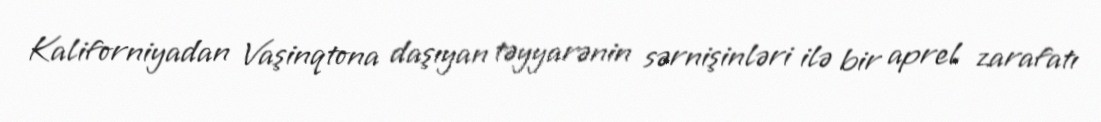
Kaliforniyadan Vaşinqtona daşıyan təyyarənin sərnişinləri ilə bir aprel zarafatı